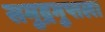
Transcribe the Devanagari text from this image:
समुद्रगुप्तला